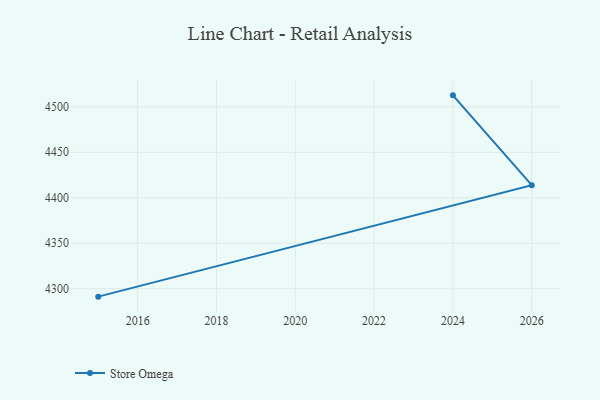
{"axis": {"x": "Year", "y": "Website Visitors"}, "legend": ["Store Omega"], "data": [{"x": "2024", "y": 4512.6, "type": "Store Omega"}, {"x": "2026", "y": 4413.9, "type": "Store Omega"}, {"x": "2015", "y": 4291.3, "type": "Store Omega"}]}